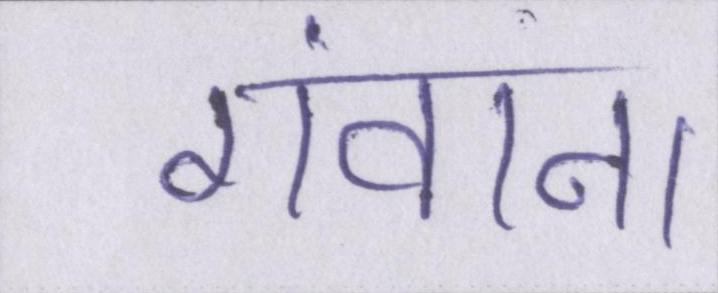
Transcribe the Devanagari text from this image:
गंवाना